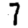
Digit: 7